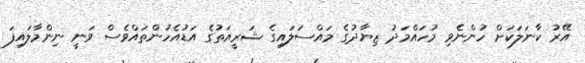
އޭރު ކާނަލަކަށް ހުންނެވި މުހައްމަދު ޒިޔާދުގެ މައްސަލައިގެ ޝަރީއަތުގެ އަޑުއެހުންތައްވެސް ވަނީ ނިންމާލައިފަ